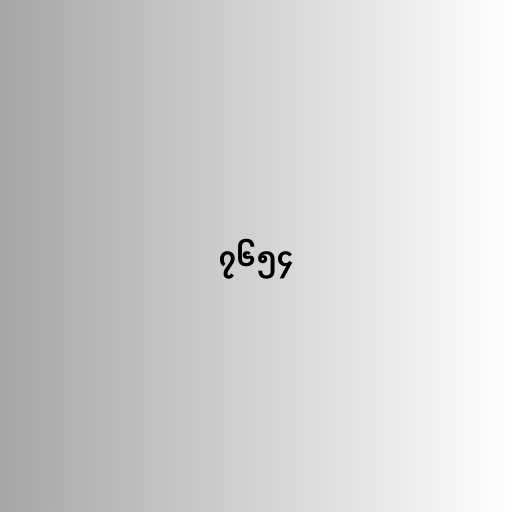
၇၆၅၄